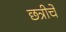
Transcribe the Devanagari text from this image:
छत्रीचे